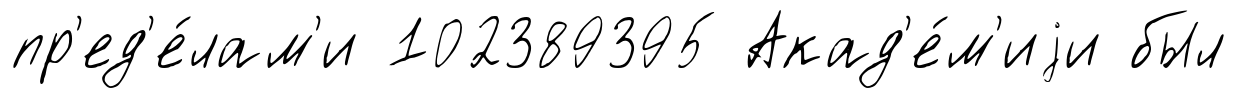
пр'ед'е́лам'и 102389395 Акад'е́м'иjи был